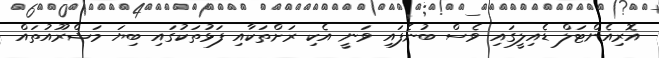
އޮރިއެންޓަލް ޑެއިލީގައި ވެސް ބުނެފައި ވަނީ އެކި ރަށްތަކާއި ފަޅުތަކުގައި ބިޔަ މަޝްރޫއުތައް